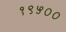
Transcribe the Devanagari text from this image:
१९५००